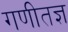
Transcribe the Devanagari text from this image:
गणीतज्ञ